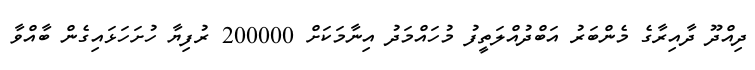
ދިއްދޫ ދާއިރާގެ މެންބަރު އަބްދުއްލަތީފު މުހައްމަދު އިނާމަކަށް 200000 ރުފިޔާ ހުށަހަޅައިގެން ބާއްވާ